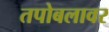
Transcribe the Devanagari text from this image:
तपोबलावर